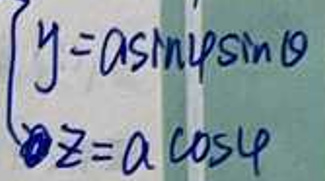
\[
\begin{cases}
y = a\sin\psi\sin\theta \\
z = a\cos\psi
\end{cases}
\]